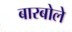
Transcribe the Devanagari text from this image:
बारबोले